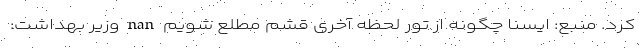
کرد. منبع: ایسنا چگونه از تور لحظه آخری قشم مطلع شویم nan وزیر بهداشت: